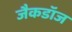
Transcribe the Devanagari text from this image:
जैकडॉज